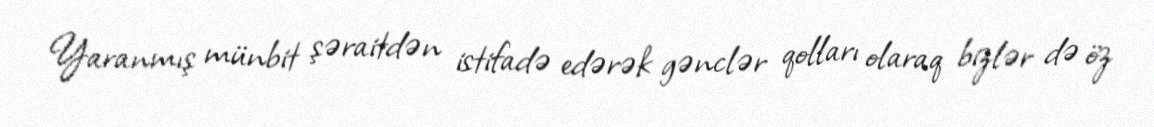
Yaranmış münbit şəraitdən istifadə edərək gənclər qolları olaraq bizlər də öz